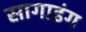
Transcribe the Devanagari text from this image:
सागाइंग